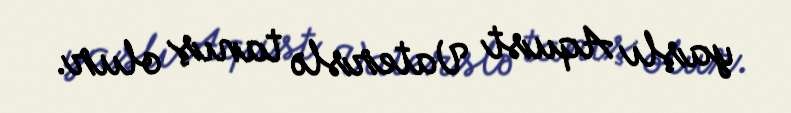
yaşlı Aqust Vaterslə tanış olur.